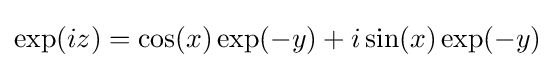
\exp(iz)=\cos(x)\exp(-y)+i\sin(x)\exp(-y)